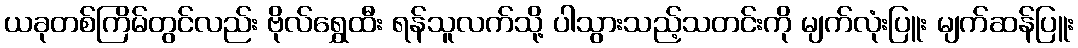
ယခုတစ်ကြိမ်တွင်လည်း ဗိုလ်ရွှေထီး ရန်သူလက်သို့ ပါသွားသည့်သတင်းကို မျက်လုံးပြူး မျက်ဆန်ပြူး